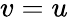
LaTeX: v=u